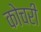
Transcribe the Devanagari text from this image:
कोचरी